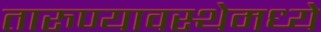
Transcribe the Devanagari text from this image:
तारुण्यावस्थेमध्ये